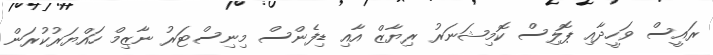
ރައީސް ވަހީދާއި ޕޮލިސް ކޮމިޝަނަރު ރިޔާޒް އާއި ޑިފެންސް މިނިސްޓަރު ނާޒިމް ހައްޔަރުކުރަން